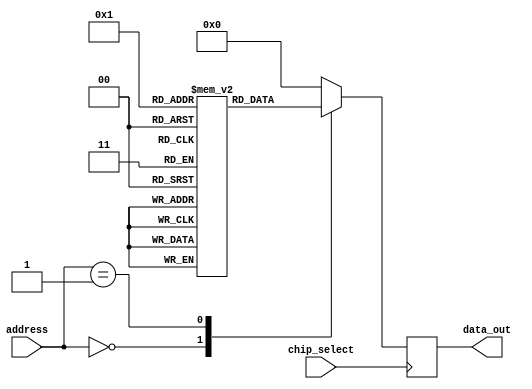
module fuse_ROM (
    input wire [7:0] address,
    output reg [7:0] data_out,
    input wire chip_select
);

reg [7:0] memory [0:255];

initial begin
    // Initialize memory data
    memory[0] = 8'hFF;
    memory[1] = 8'hAA;
    // Add more initialized memory locations as needed
end

always @(posedge chip_select) begin
    case(address)
        8'h00: data_out <= memory[0];
        8'h01: data_out <= memory[1];
        // Add more cases for additional memory locations
        default: data_out <= 8'h00; // Default case if address is not recognized
    endcase
end

endmodule